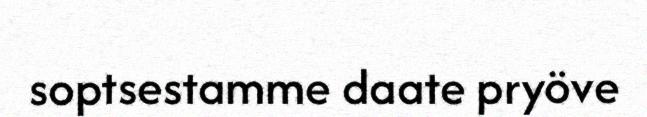
soptsestamme daate pryöve